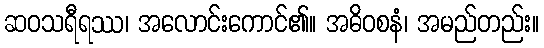
ဆဝသရီရဿ၊ အလောင်းကောင်၏။ အဓိဝစနံ၊ အမည်တည်း။